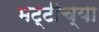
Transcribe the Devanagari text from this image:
भट्टीच्या